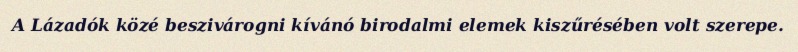
A Lázadók közé beszivárogni kívánó birodalmi elemek kiszűrésében volt szerepe.